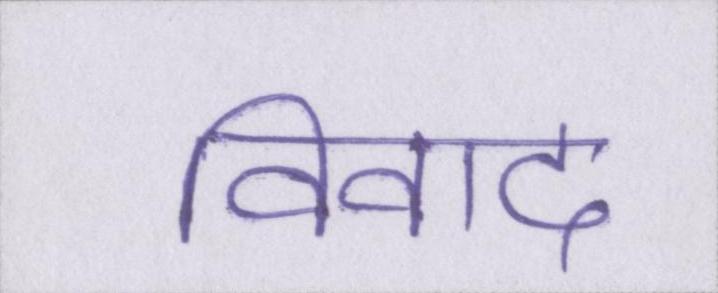
विवाद